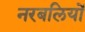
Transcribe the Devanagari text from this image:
नरबलियों